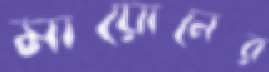
মায়োনের